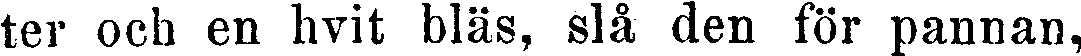
ter och en hvit bläs, slå den för pannan,